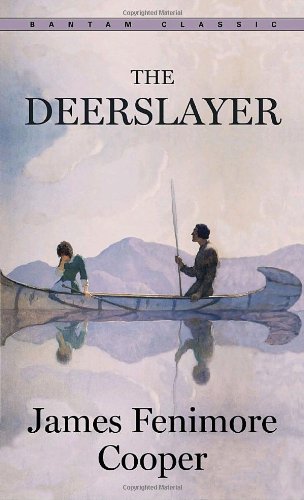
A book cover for The Deerslayer (Bantam Classics); James Fenimore Cooper; Literature & Fiction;